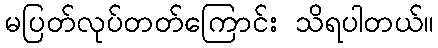
မပြတ်လုပ်တတ်ကြောင်း သိရပါတယ်။